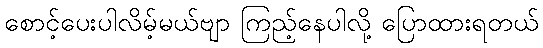
စောင့်ပေးပါလိမ့်မယ်ဗျာ ကြည့်နေပါလို့ ပြောထားရတယ်